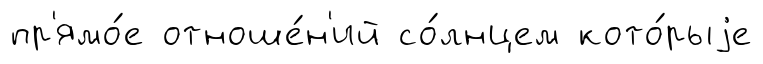
пр'ямо́е отноше́н'ий со́лнцем кото́рыjе